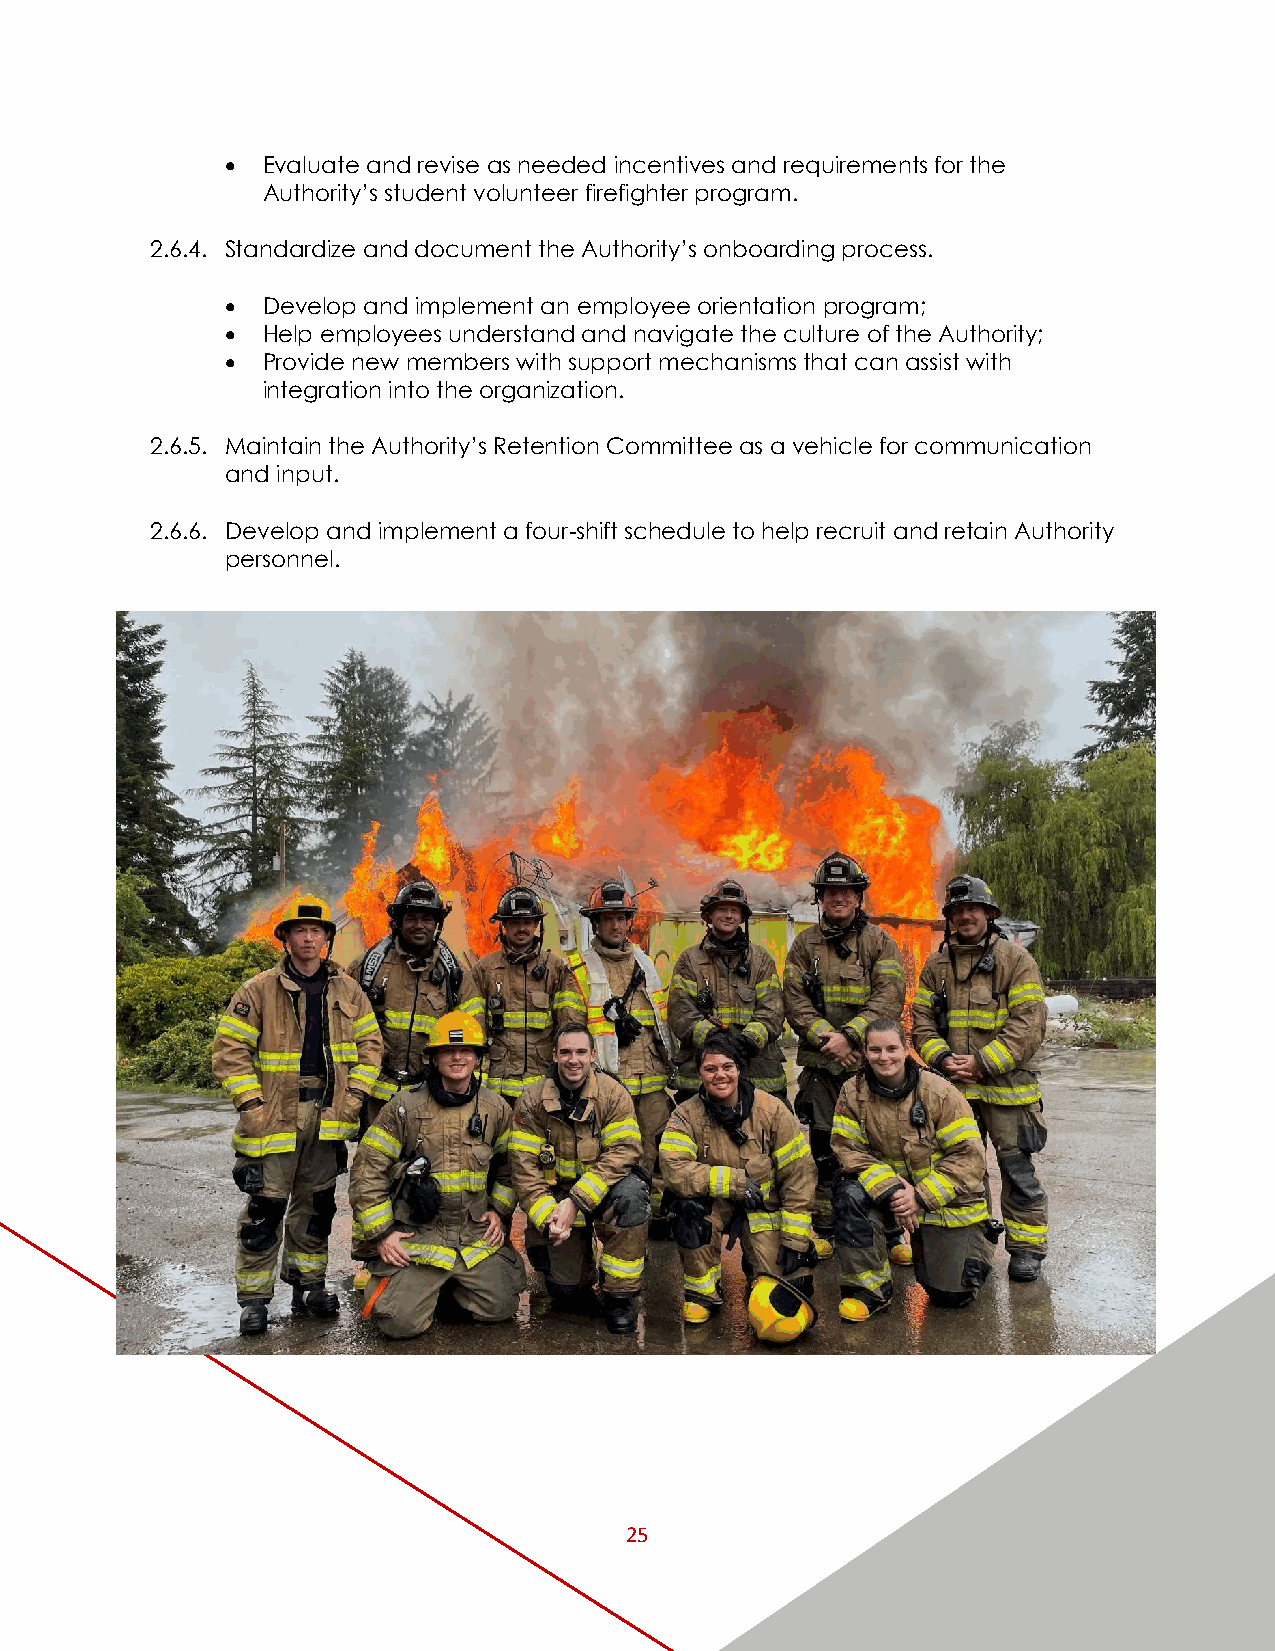
 Evaluate and revise as needed incentives and requirements for the
 Authority’s student volunteer firefighter program.
 2.6.4. Standardize and document the Authority’s onboarding process.
  Develop and implement an employee orientation program;
  Help employees understand and navigate the culture of the Authority;
  Provide new members with support mechanisms that can assist with
 integration into the organization.
 2.6.5. Maintain the Authority’s Retention Committee as a vehicle for communication
 and input.
 2.6.6. Develop and implement a four-shift schedule to help recruit and retain Authority
 personnel.
 25